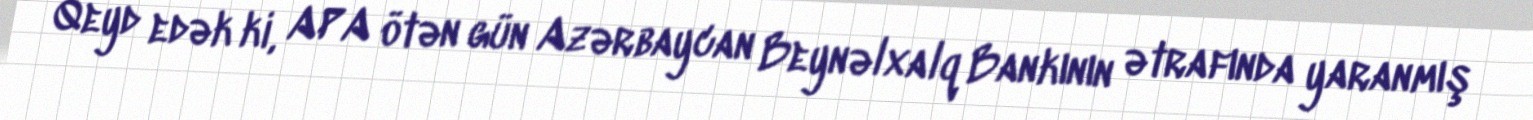
Qeyd edək ki, APA ötən gün Azərbaycan Beynəlxalq Bankının ətrafında yaranmış